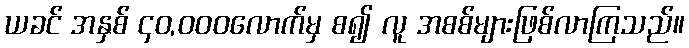
ယခင် အနှစ် ၄၀,၀၀၀လောက်မှ စ၍ လူ အစစ်များဖြစ်လာကြသည်။